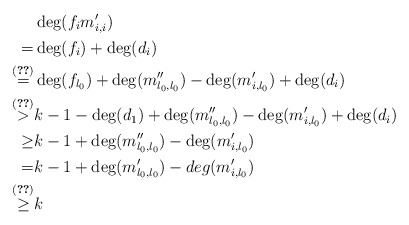
\begin{align*} &\deg(f_i m'_{i,i})\\=&\deg(f_i)+\deg(d_i)\\\overset{(\ref{identity0})}{=}&\deg(f_{l_0})+\deg(m''_{l_0,l_0})-\deg(m'_{i,l_0})+\deg(d_i)\\\overset{(\ref{identity2})}{>}&k-1-\deg(d_1)+\deg(m''_{l_0,l_0})-\deg(m'_{i,l_0})+\deg(d_i)\\\geq& k-1+\deg(m''_{l_0,l_0})-\deg(m'_{i,l_0})\\=&k-1+\deg(m'_{l_0,l_0})-deg(m'_{i,l_0})\\\overset{(\ref{identity1})}{\geq }&k\end{align*}